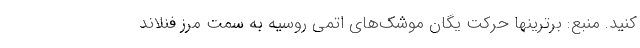
کنید. منبع: برترینها حرکت یگان موشک‌های اتمی روسیه به سمت مرز فنلاند